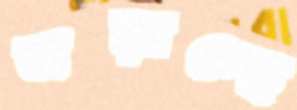
জড়াচ্ছে